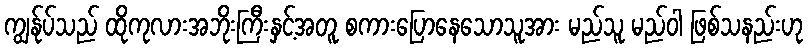
ကျွန်ုပ်သည် ထိုကုလားအဘိုးကြီးနှင့်အတူ စကားပြောနေသောသူအား မည်သူ မည်ဝါ ဖြစ်သနည်းဟု